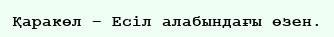
Қаракөл – Есіл алабындағы өзен.